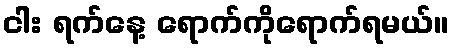
ငါး ရက်နေ့ ရောက်ကိုရောက်ရမယ်။